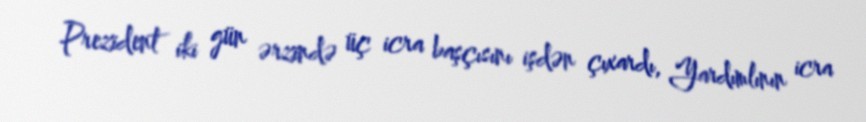
Prezident iki gün ərzində üç icra başçısını işdən çıxardı, Yardımlının icra